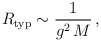
\begin{align*}R_{\rm typ} \sim \frac{1}{g^2 \, M} \, , \end{align*}